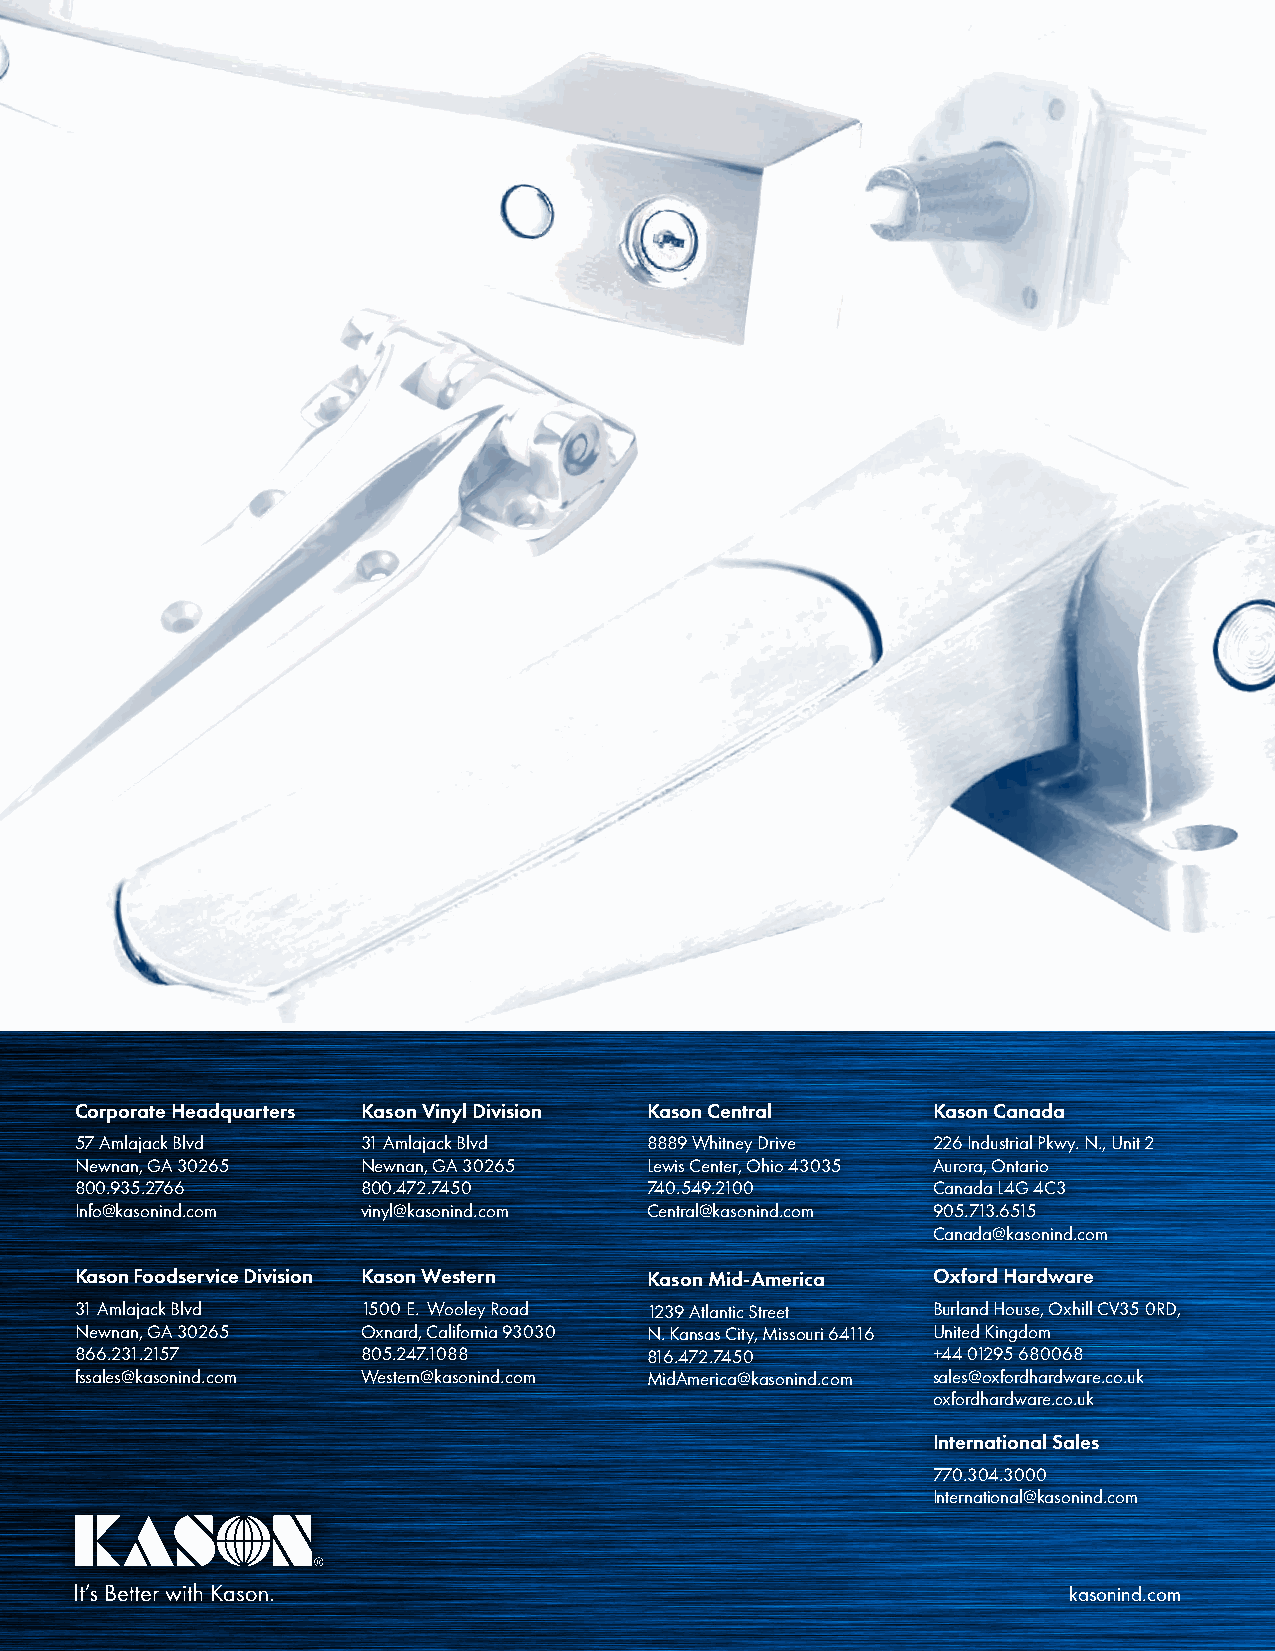
Corporate Headquarters Kason Vinyl Division Kason Central Kason Canada
 57 Amlajack Blvd   31 Amlajack Blvd   8889 Whitney Drive 226 Industrial Pkwy. N., Unit 2
 Newnan, GA 30265   Newnan, GA 30265   Lewis Center, Ohio 43035 Aurora, Ontario
 800.935.2766       800.472.7450       740.549.2100       Canada L4G 4C3
 Info@kasonind.com  vinyl@kasonind.com Central@kasonind.com 905.713.6515
 Canada@kasonind.com
 Kason Foodservice Division Kason Western Kason Mid-America Oxford Hardware
 31 Amlajack Blvd   1500 E. Wooley Road 1239 Atlantic Street Burland House, Oxhill CV35 0RD,
 Newnan, GA 30265   Oxnard, California 93030 N. Kansas City, Missouri 64116 United Kingdom
 866.231.2157       805.247.1088       816.472.7450       +44 01295 680068
 fssales@kasonind.com Western@kasonind.com MidAmerica@kasonind.com sales@oxfordhardware.co.uk
 oxfordhardware.co.uk
 International Sales
 770.304.3000
 International@kasonind.com
 kasonind.com